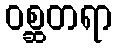
ဝစ္ဆတရာ